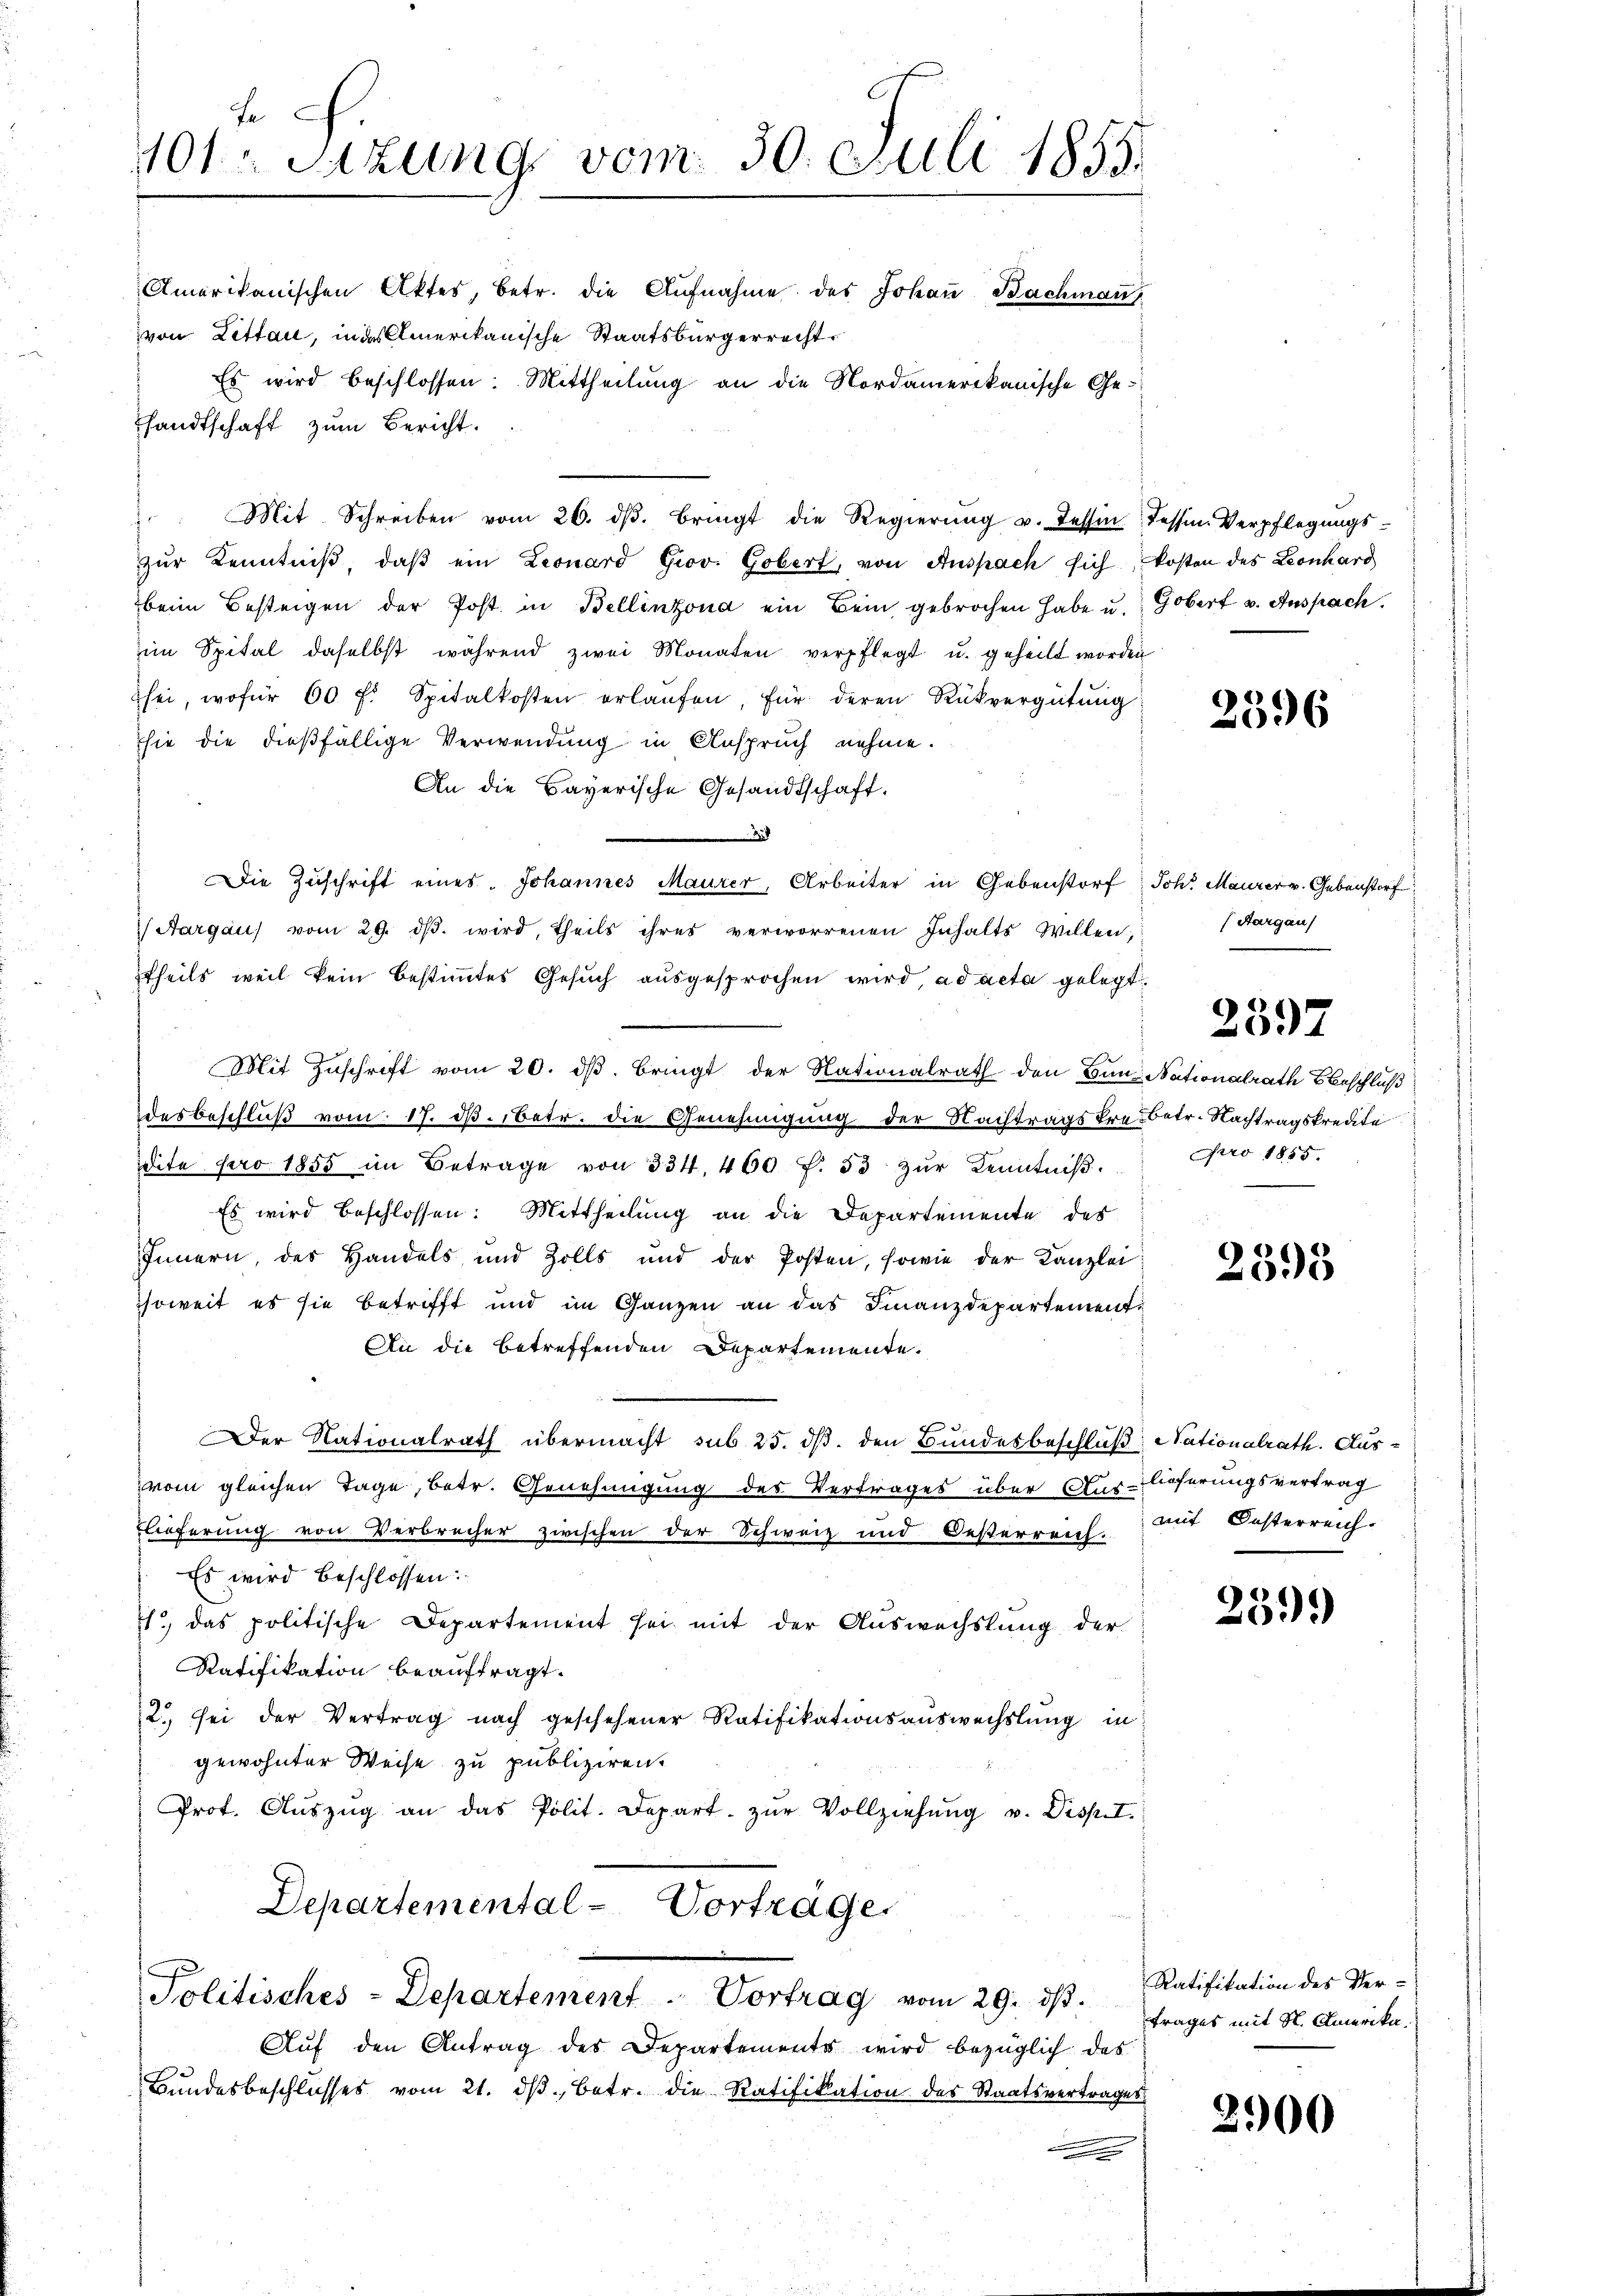
fe
101. Sitzung vom 30. Juli 1855.

Amerikanischen Aktes, betr. die Aŭfnahme des Johaṅ Bachman
von Littau, indes Amerikanische Staatsbürgerrecht
Es wird beschlossen: Mittheilung an die Nordamerikanische Gesandtschaft zum Bericht.
 Mit Schreiben vom 26. dβ. bringt die Regierŭng u. Tessin, Tessin. Verpflegŭngs-
zŭr Kenntniβ, daβ ein Leonard Giov. Gobert, von Auspach sich kosten des Leonhard
beim Besteigen der Post in Bellinzona ein Bein gebrochen habe u. Gobert u. Auspach.
im Spital daselbst während zwei Monaten verpflegt u. geheilt worden
hei, wofür 60 f. Spitalkosten erlaŭfen, für deren Rückvergütŭng
sie die dießfällige Verwendung in Anspruch nehme.
An die Bayerische Gesandtschaft,

Die Zŭschrift eines Johannes Maurer, Arbeiter in Gebenstorf Joh. Maurer v. Gebenstorf
Aargau vom 29. dβ. wird, theils ihres verworrenen Inhalts Willen;
theils weil kein bestimmtes Gesŭch aŭsgesprochen wird, ad acta gelegt.
Mit Zuschrift vom 20. ds. bringt der Nationalrath den Bund Nationalrath Beschluß
desbeschluß vom 17. d. Betr. die Genehmigung der Nachtragskre betr. Nachtragskredite
dite pro 1855 im Betrage von 334, 460 f. 53 zŭr Kenntniβ.
Es wird beschlossen: Mittheilung an die Departemente des
Innern, des Handels und Zolls und der Posten, sowie der Kanzlei
soweit es sie betrifft und im Ganzen an das Finanzdepartement¬
An die betreffenden Departemente.
Der Nationalrath übermacht sub 25. dß. den Bundesbeschluß, Nationalrath Ausvom gleichen Tage, betr. Genehmigung des Vertrages über Aus-
Elieferung von Verbrecher zwischen der Schweiz und Oesterreich mit Oesterreich-
Es wird beschlossen:
71., das politische Departement sei mit der Auswechslung der
Ratifikation beauftragt.
2. sei der Vertrag nach geschehener Ratifikationsauswechslung in
gewohnter Weise zu publiziren.
Prot. Aŭszŭg an das Polit. Depart. zŭr Vollziehŭng v. Disp. I.
Departemental-Vortrage

Politisches-Departement Vortrag vom 29. dβ. Ratifikation des Ver-

Aŭf den Antrag des Departements wird bezüglich das
Bŭndesbeschlusses vom 21. dβ betr. die Ratifikation des Staatsvertrages

2596

Aargau)

2397

Nro 1855.

2395

lieferungsvertrag

259.

trages mit St. Amerika.

2900